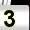
Digit: 3